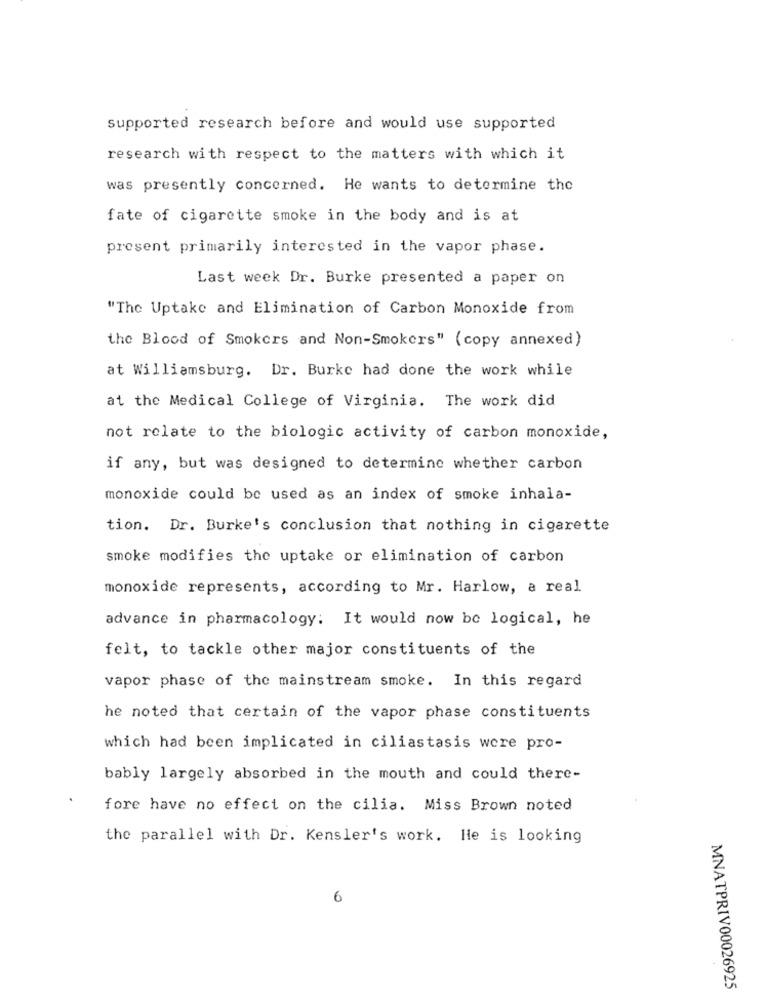
supported research before and would use supported
research with respect to the matters with which it
was presently concerned. He wants to determine the
fate of cigarette smoke in the body and is at
present primarily interested in the vapor phase.
Last week Dr. Burke presented a paper on
"The Uptake and Elimination of Carbon Monoxide from
the Blood of Smokers and Non-Smokers" (copy annexed)
at Williamsburg. Dr. Burke had done the work while
at the Medical College of Virginia. The work did
not relate to the biologic activity of carbon monoxide,
if any, but was designed to determine whether carbon
monoxide could be used as an index of smoke inhala-
tion. Dr. Burke's conclusion that nothing in cigarette
smoke modifies the uptake or elimination of carbon
monoxide represents, according to Mr. Harlow, a real
advance in pharmacology: It would now be logical, he
felt, to tackle other major constituents of the
vapor phase of the mainstream smoke. In this regard
he noted that certain of the vapor phase constituents
which had been implicated in ciliastasis were pro-
bably largely absorbed in the mouth and could there-
fore have no effect on the cilia. Miss Brown noted
the parallel with Dr. Kensler's work. He is looking
6
MNATPRIV00026925